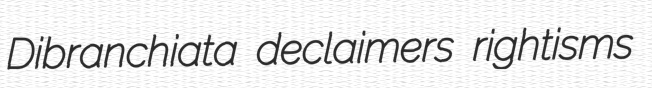
Dibranchiata declaimers rightisms